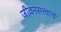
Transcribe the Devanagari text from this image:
जीवनसत्त्वांचे